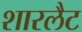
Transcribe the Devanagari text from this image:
शारलैट